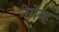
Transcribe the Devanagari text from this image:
नेगेव्ह